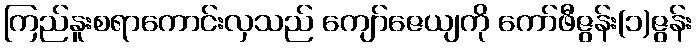
ကြည်နူးစရာကောင်းလှသည် ကျော်ဇေယျကို ကော်ဖီဇွန်း(၁)ဇွန်း